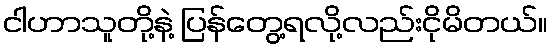
ငါဟာသူတို့နဲ့ ပြန်တွေ့ရလို့လည်းငိုမိတယ်။